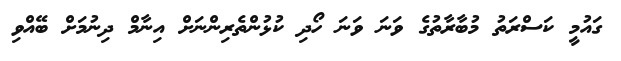
ގައުމީ ކަސްރަތު މުބާރާތުގެ ވަނަ ވަނަ ހޯދި ކުޅުންތެރިންނަށް އިނާމް ދިނުމަށް ބޭއްވި